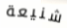
شنيعة